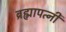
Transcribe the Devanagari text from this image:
ब्रह्मापत्नी